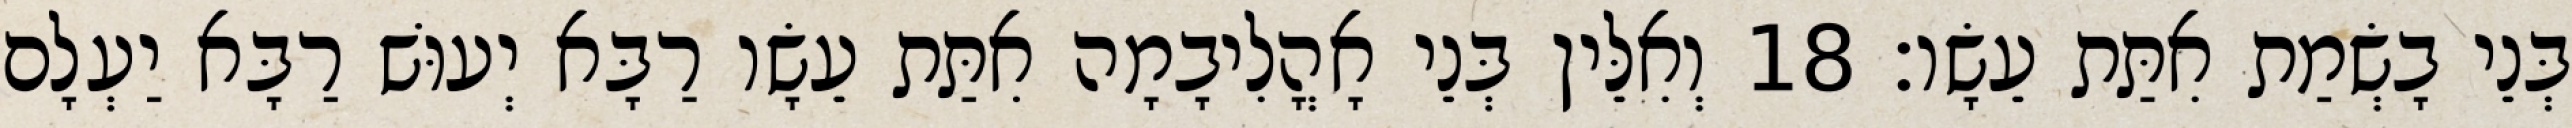
בְּנֵי בָשְׂמַת אִתַּת עֵשָׂו׃ 18 וְאִלֵּין בְּנֵי אָהֳלִיבָמָה אִתַּת עֵשָׂו רַבָּא יְעוּשׁ רַבָּא יַעְלָם